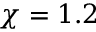
\chi = 1 . 2